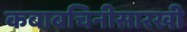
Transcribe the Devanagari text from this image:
कबाबचिनीसारखी